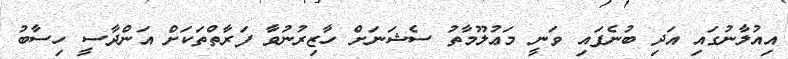
އިއުލާނުގައި އަދި ބުނެފައި ވަނީ މަޢުލޫމާތު ސެޝަނަށް ހާޒިރުނުވާ ފަރާތްތަކަށް އަންދާސީ ހިސާބު